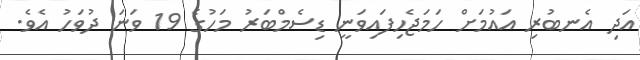
އަދި އެނބުރި އައުމަށް ހަމަޖެހިފައިވަނީ ޑިސެމްބަރު މަހުގެ 19 ވަނަ ދުވަހު އެވެ.